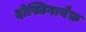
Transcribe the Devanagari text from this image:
दोस्तिगायेफ़